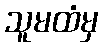
သူမထံမှ